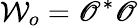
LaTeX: \mathcal{W}_{o}=\mathscr{O}^{*}\mathscr{O}